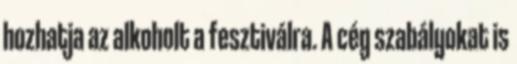
hozhatja az alkoholt a fesztiválra. A cég szabályokat is